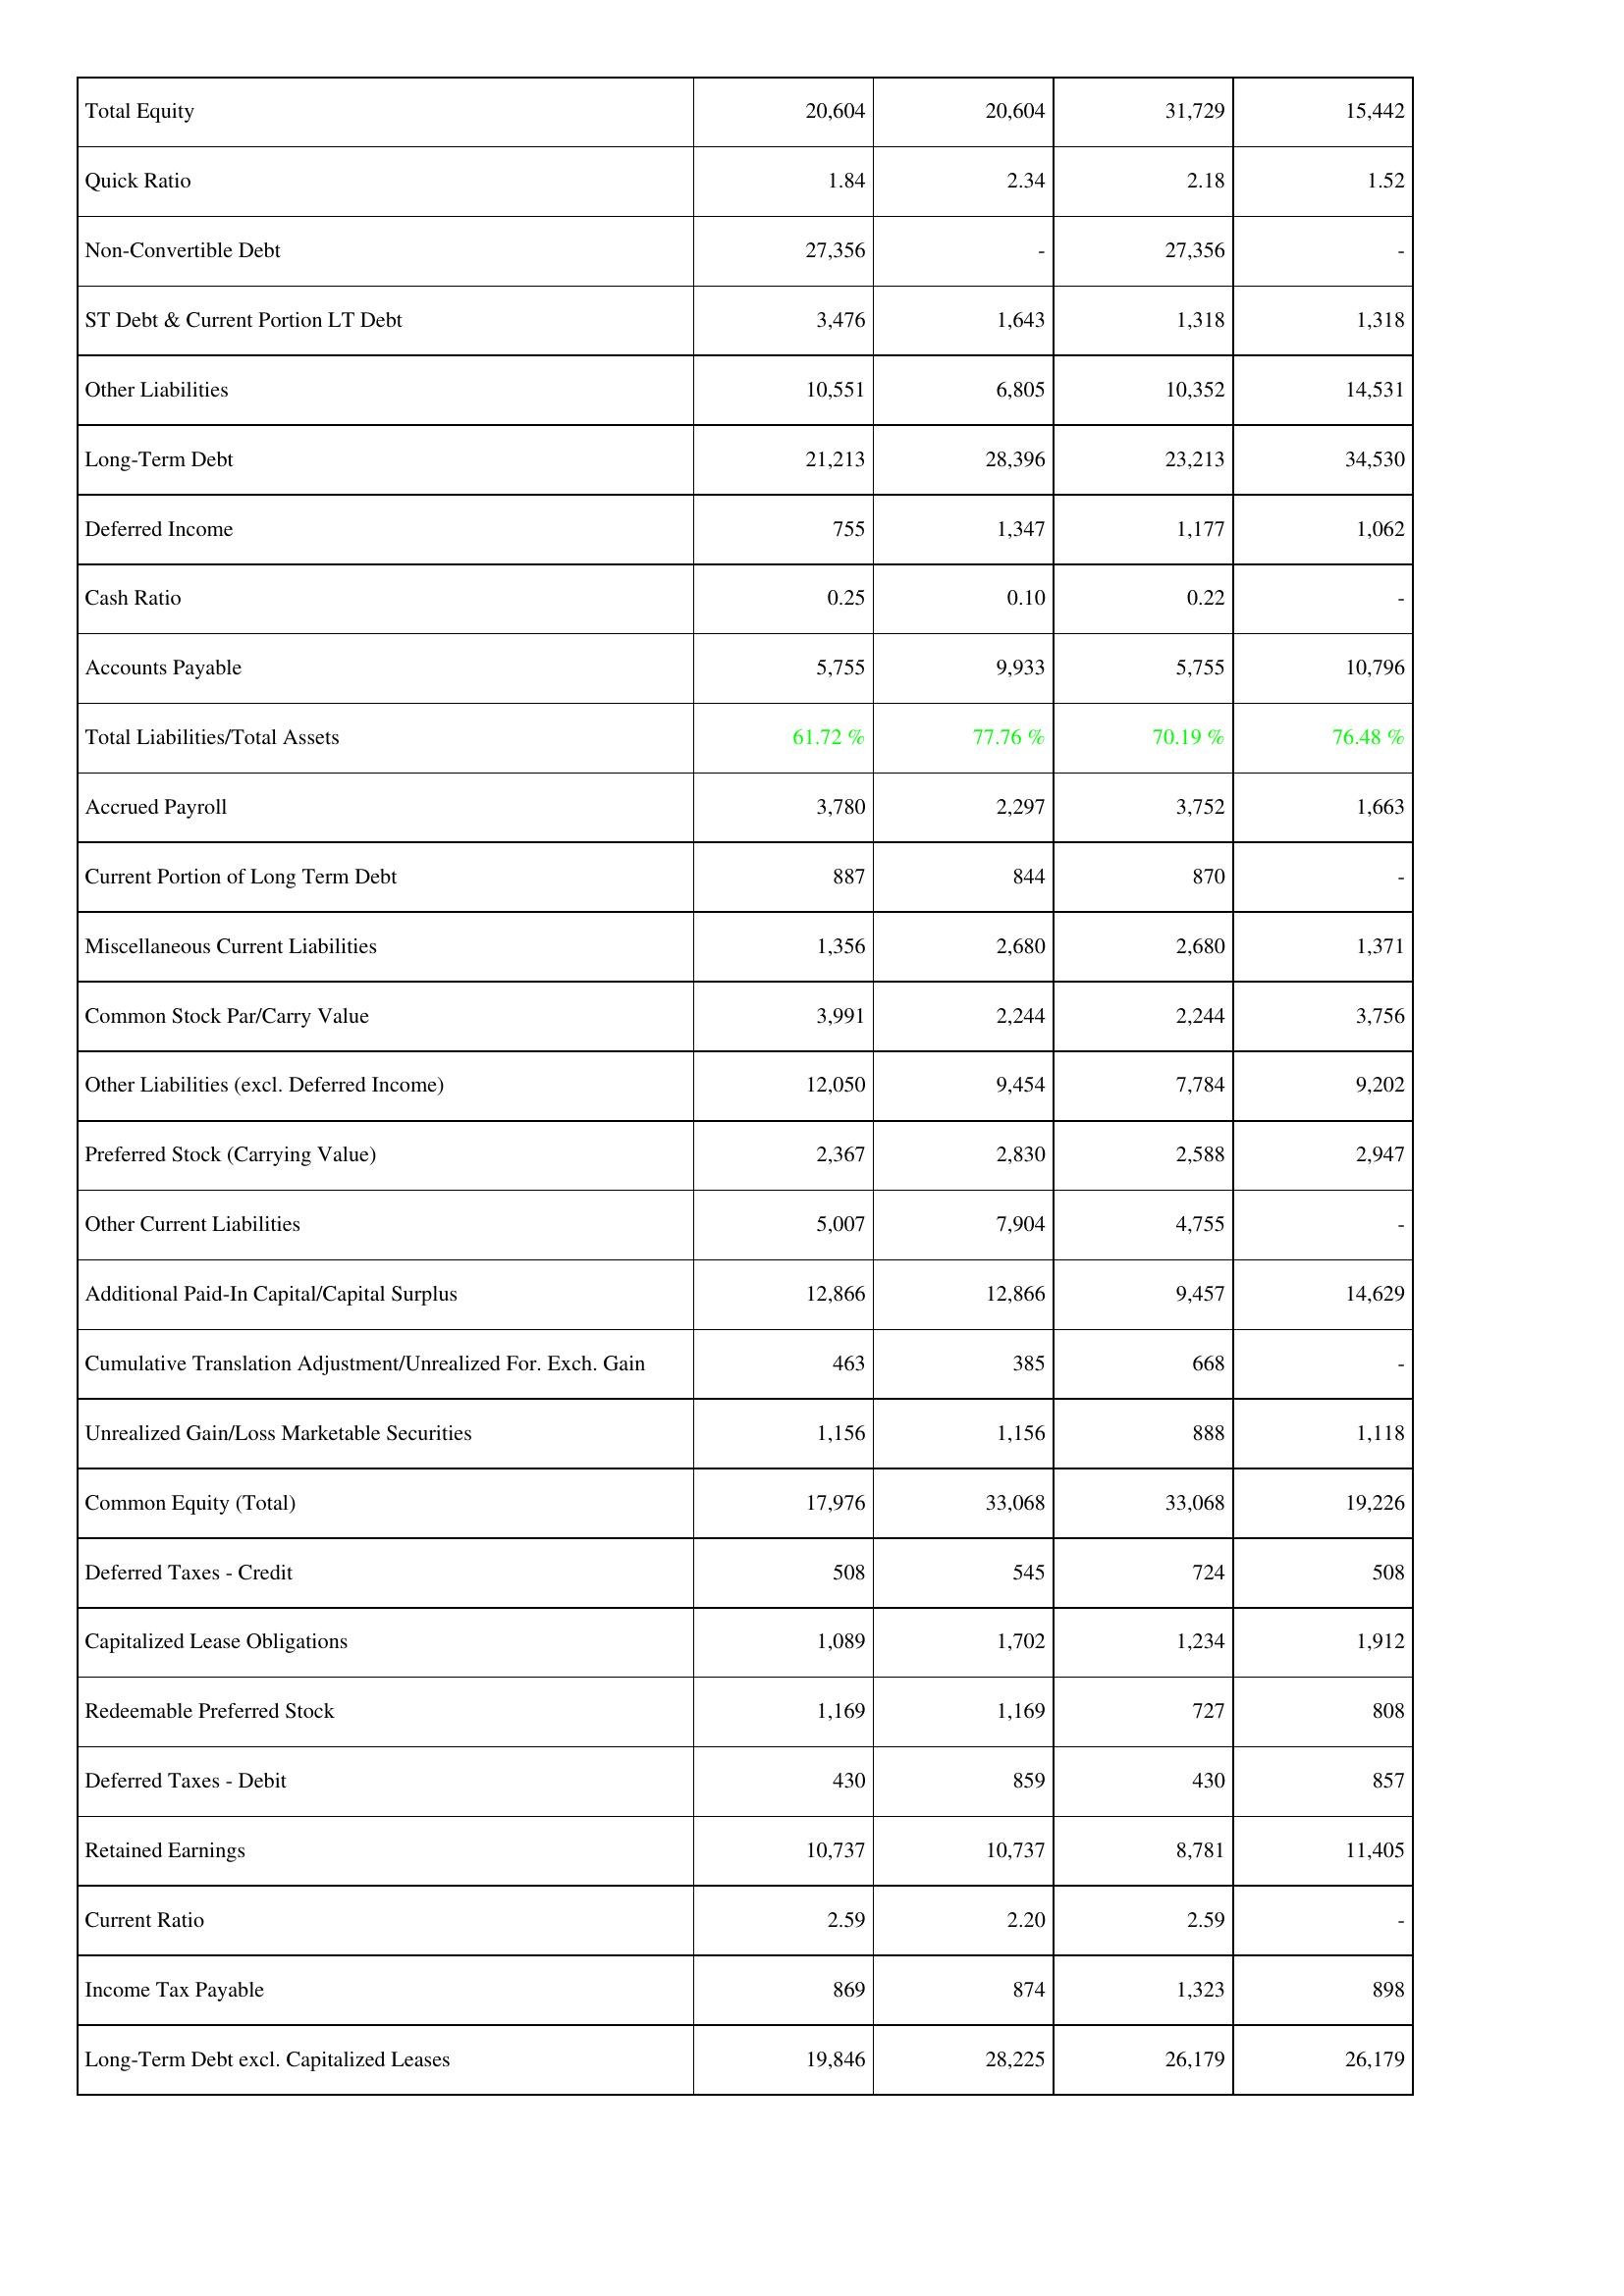
2007: Liabilities & Shareholders' Equity: Total Equity: 20,604
Quick Ratio: 1.84
Non-Convertible Debt: 27,356
ST Debt & Current Portion LT Debt: 3,476
Other Liabilities: 10,551
Long-Term Debt: 21,213
Deferred Income: 755
Cash Ratio: 0.25
Accounts Payable: 5,755
Total Liabilities/Total Assets: 61.72 %
Accrued Payroll: 3,780
Current Portion of Long Term Debt: 887
Miscellaneous Current Liabilities: 1,356
Common Stock Par/Carry Value: 3,991
Other Liabilities (excl. Deferred Income): 12,050
Preferred Stock (Carrying Value): 2,367
Other Current Liabilities: 5,007
Additional Paid-In Capital/Capital Surplus: 12,866
Cumulative Translation Adjustment/Unrealized For. Exch. Gain: 463
Unrealized Gain/Loss Marketable Securities: 1,156
Common Equity (Total): 17,976
Deferred Taxes - Credit: 508
Capitalized Lease Obligations: 1,089
Redeemable Preferred Stock: 1,169
Deferred Taxes - Debit: 430
Retained Earnings: 10,737
Current Ratio: 2.59
Income Tax Payable: 869
Long-Term Debt excl. Capitalized Leases: 19,846
2008: Liabilities & Shareholders' Equity: Total Equity: 20,604
Quick Ratio: 2.34
Non-Convertible Debt: -
ST Debt & Current Portion LT Debt: 1,643
Other Liabilities: 6,805
Long-Term Debt: 28,396
Deferred Income: 1,347
Cash Ratio: 0.10
Accounts Payable: 9,933
Total Liabilities/Total Assets: 77.76 %
Accrued Payroll: 2,297
Current Portion of Long Term Debt: 844
Miscellaneous Current Liabilities: 2,680
Common Stock Par/Carry Value: 2,244
Other Liabilities (excl. Deferred Income): 9,454
Preferred Stock (Carrying Value): 2,830
Other Current Liabilities: 7,904
Additional Paid-In Capital/Capital Surplus: 12,866
Cumulative Translation Adjustment/Unrealized For. Exch. Gain: 385
Unrealized Gain/Loss Marketable Securities: 1,156
Common Equity (Total): 33,068
Deferred Taxes - Credit: 545
Capitalized Lease Obligations: 1,702
Redeemable Preferred Stock: 1,169
Deferred Taxes - Debit: 859
Retained Earnings: 10,737
Current Ratio: 2.20
Income Tax Payable: 874
Long-Term Debt excl. Capitalized Leases: 28,225
2009: Liabilities & Shareholders' Equity: Total Equity: 31,729
Quick Ratio: 2.18
Non-Convertible Debt: 27,356
ST Debt & Current Portion LT Debt: 1,318
Other Liabilities: 10,352
Long-Term Debt: 23,213
Deferred Income: 1,177
Cash Ratio: 0.22
Accounts Payable: 5,755
Total Liabilities/Total Assets: 70.19 %
Accrued Payroll: 3,752
Current Portion of Long Term Debt: 870
Miscellaneous Current Liabilities: 2,680
Common Stock Par/Carry Value: 2,244
Other Liabilities (excl. Deferred Income): 7,784
Preferred Stock (Carrying Value): 2,588
Other Current Liabilities: 4,755
Additional Paid-In Capital/Capital Surplus: 9,457
Cumulative Translation Adjustment/Unrealized For. Exch. Gain: 668
Unrealized Gain/Loss Marketable Securities: 888
Common Equity (Total): 33,068
Deferred Taxes - Credit: 724
Capitalized Lease Obligations: 1,234
Redeemable Preferred Stock: 727
Deferred Taxes - Debit: 430
Retained Earnings: 8,781
Current Ratio: 2.59
Income Tax Payable: 1,323
Long-Term Debt excl. Capitalized Leases: 26,179
2010: Liabilities & Shareholders' Equity: Total Equity: 15,442
Quick Ratio: 1.52
Non-Convertible Debt: -
ST Debt & Current Portion LT Debt: 1,318
Other Liabilities: 14,531
Long-Term Debt: 34,530
Deferred Income: 1,062
Cash Ratio: -
Accounts Payable: 10,796
Total Liabilities/Total Assets: 76.48 %
Accrued Payroll: 1,663
Current Portion of Long Term Debt: -
Miscellaneous Current Liabilities: 1,371
Common Stock Par/Carry Value: 3,756
Other Liabilities (excl. Deferred Income): 9,202
Preferred Stock (Carrying Value): 2,947
Other Current Liabilities: -
Additional Paid-In Capital/Capital Surplus: 14,629
Cumulative Translation Adjustment/Unrealized For. Exch. Gain: -
Unrealized Gain/Loss Marketable Securities: 1,118
Common Equity (Total): 19,226
Deferred Taxes - Credit: 508
Capitalized Lease Obligations: 1,912
Redeemable Preferred Stock: 808
Deferred Taxes - Debit: 857
Retained Earnings: 11,405
Current Ratio: -
Income Tax Payable: 898
Long-Term Debt excl. Capitalized Leases: 26,179